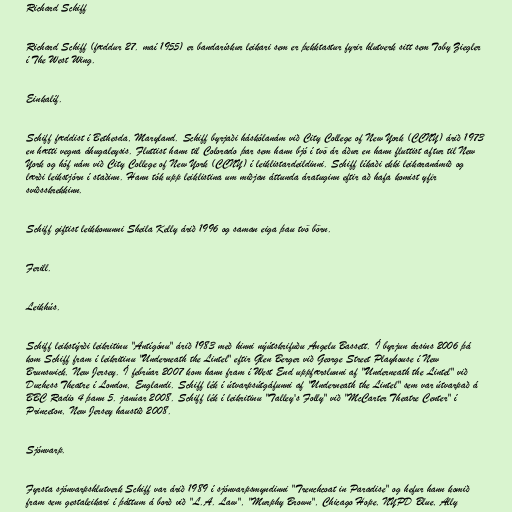
Richard Schiff

Richard Schiff (fæddur 27. maí 1955) er bandarískur leikari sem er þekktastur fyrir hlutverk sitt sem Toby Ziegler
í The West Wing.

Einkalíf.

Schiff fæddist í Bethesda, Maryland. Schiff byrjaði háskólanám við City College of New York (CCNY) árið 1973
en hætti vegna áhugaleysis. Fluttist hann til Colorado þar sem hann bjó í tvö ár áður en hann fluttist aftur til New
York og hóf nám við City College of New York (CCNY) í leiklistardeildinni. Schiff líkaði ekki leikaranámið og
lærði leikstjórn í staðinn. Hann tók upp leiklistina um miðjan áttunda áratuginn eftir að hafa komist yfir
sviðsskrekkinn.

Schiff giftist leikkonunni Sheila Kelly árið 1996 og saman eiga þau tvö börn.

Ferill.

Leikhús.

Schiff leikstýrði leikritinu "Antígónu" árið 1983 með hinni nýútskrifuðu Angelu Bassett. Í byrjun ársins 2006 þá
kom Schiff fram í leikritinu "Underneath the Lintel" eftir Glen Berger við George Street Playhouse í New
Brunswick, New Jersey. Í febrúar 2007 kom hann fram í West End uppfærslunni af "Underneath the Lintel" við
Duchess Theatre í London, Englandi. Schiff lék í útvarpsútgáfunni af "Underneath the Lintel" sem var útvarpað á
BBC Radio 4 þann 5. janúar 2008. Schiff lék í leikritinu "Talley's Folly" við "McCarter Theatre Center" í
Princeton, New Jersey haustið 2008.

Sjónvarp.

Fyrsta sjónvarpshlutverk Schiff var árið 1989 í sjónvarpsmyndinni "Trenchcoat in Paradise" og hefur hann komið
fram sem gestaleikari í þáttum á borð við "L.A. Law", "Murphy Brown", Chicago Hope, NYPD Blue, Ally